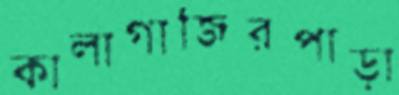
কালাগাজিরপাড়া